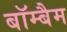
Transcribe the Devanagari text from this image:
बॉम्बैम